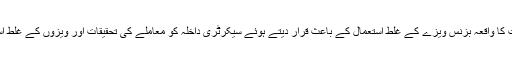
وزیرداخلہ نے چینی باشندوں کی ہلاکت کا واقعہ بزنس ویزے کے غلط استعمال کے باعث قرار دیتے ہوئے سیکرٹری داخلہ کو معاملے کی تحقیقات اور ویزوں کے غلط استعمال کی روک تھام کی ہدایت کردی۔